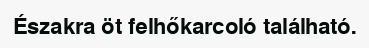
Északra öt felhőkarcoló található.